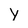
Character: Y